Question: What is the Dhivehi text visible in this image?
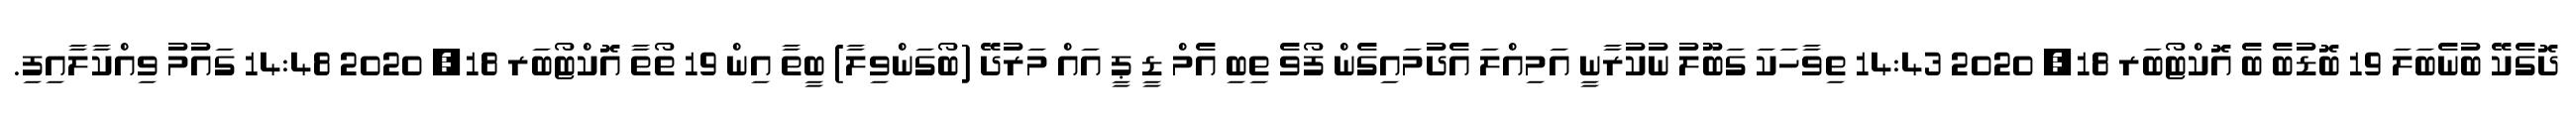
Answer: ދޮގެކޭ ބުނެބަލަ 19 ބޮޑުބެ ބެ އޮކްޓޯބަރ 18, 2020 14:43 ތިވާހަކަ ގަބޫލު ނުކުރާނީ އަމިއްލަ އެދުމައިގެން ފޯވެ ތިބި އެމް ޑީ ޕީ އައް މަރުދޭ (ބޯގަންވިލާ) ބީތާ އިން 19 ތޯތާ އޮކްޓޯބަރ 18, 2020 14:48 ގައުމު ވިއްކާލާއިފި.